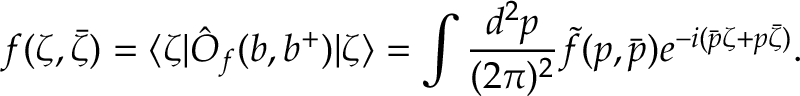
f ( \zeta , { \bar { \zeta } } ) = \langle \zeta | \hat { O } _ { f } ( b , b ^ { + } ) | \zeta \rangle = \int { \frac { d ^ { 2 } p } { ( 2 \pi ) ^ { 2 } } } \tilde { f } ( p , { \bar { p } } ) e ^ { - i ( \bar { p } \zeta + p \bar { \zeta } ) } .